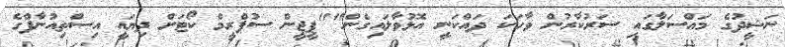
ނަޝީދުގެ މައްސަލާގައި ސަރުކާރުން ވާހަކަ ދައްކަނީ އޮޅުވާލައިގެން""ޕީޖީން ސުޕްރީމް ކޯޓަށް ދިޔައީ އިސްތިއުނާފްގެ